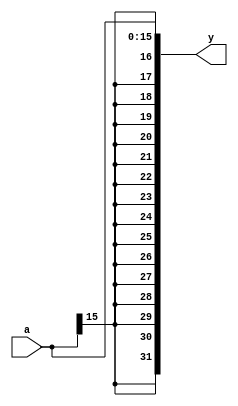
`timescale 1ns / 1ps
//////////////////////////////////////////////////////////////////////////////////
// Company: 
// Engineer: 
// 
// Design Name: 
// Module Name: signext
// Project Name: 
// Target Devices: 
// Tool Versions: 
// Description: 
// 
// Dependencies: 
// 
// Revision:
// Revision 0.01 - File Created
// Additional Comments:
// 
//////////////////////////////////////////////////////////////////////////////////


module signext(// sign extend
    input [15:0] a,
    output [31:0] y
    );
    
    assign y = {{ 16{a[15]} }, a};
endmodule